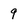
Character: 9